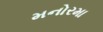
મનોરમા